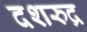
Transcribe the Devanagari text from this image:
दशरुद्र